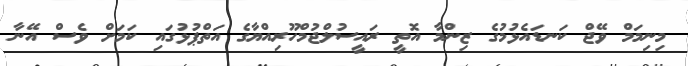
މިނިމަމް ވޭޖް ކަނޑައެޅުމުގެ ޒިންމާ އޮތީ ރައީސުލްޖުމްހޫރިއްޔާގެ އަތްޕުޅުގައި ކަމަށް ވެސް އޭނާ